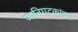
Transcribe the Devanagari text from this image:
जातिघटकांच्या